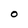
Character: 0